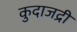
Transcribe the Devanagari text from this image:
कुदाजद्री